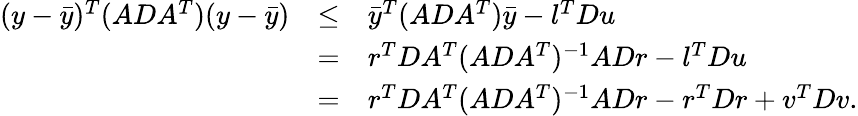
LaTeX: \begin{array}{rcl}{(y-\bar{y})^{T}(ADA^{T})(y-\bar{y})}&{\leq}&{\bar{y}^{T}(ADA^{T})\bar{y}-l^{T}Du}\\ &{=}&{r^{T}DA^{T}(ADA^{T})^{-1}ADr-l^{T}Du}\\ &{=}&{r^{T}DA^{T}(ADA^{T})^{-1}ADr-r^{T}Dr+v^{T}Dv.}\end{array}